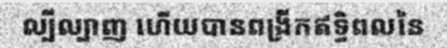
ល្បីល្បាញ ហើយបានពង្រីកឥទ្ធិពលនៃ